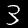
Label: 3